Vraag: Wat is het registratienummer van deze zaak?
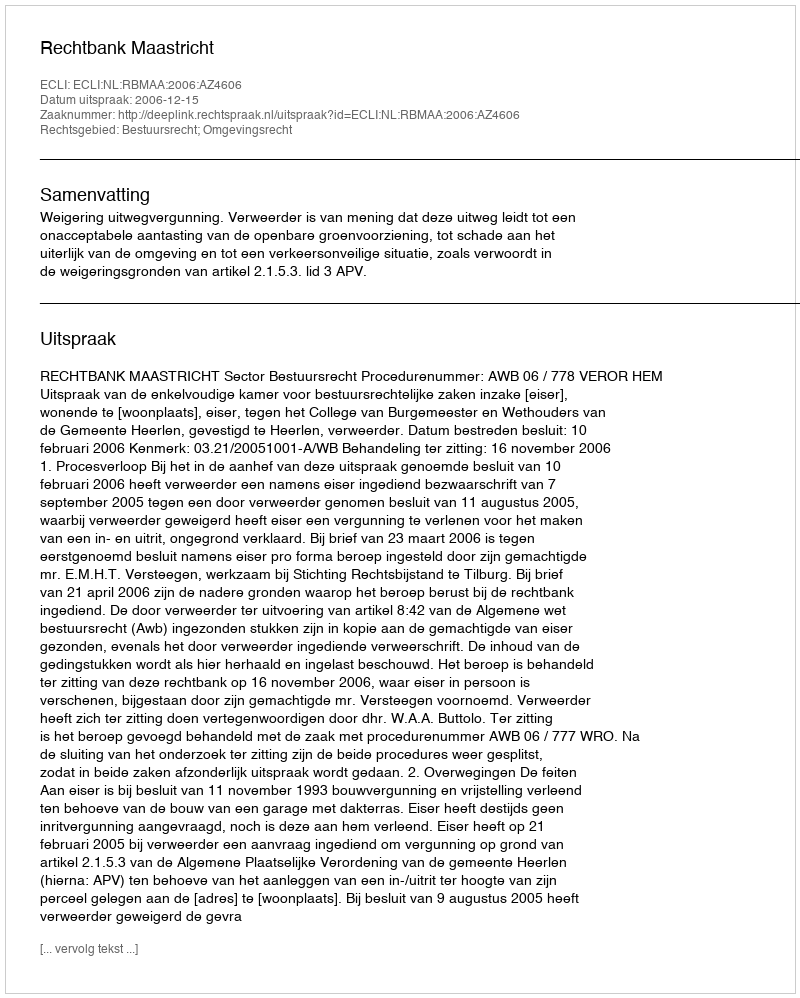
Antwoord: http://deeplink.rechtspraak.nl/uitspraak?id=ECLI:NL:RBMAA:2006:AZ4606